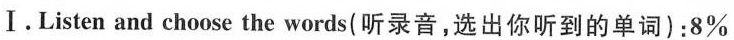
Ⅰ.Listen and choose the words(听录音,选出你听到的单词):8%